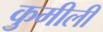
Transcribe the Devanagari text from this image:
कुमीली